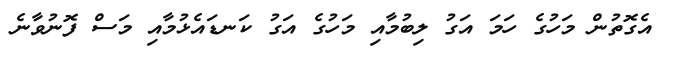
އެގޮތުން މަހުގެ ހަމަ އަގު ލިބުމާއި މަހުގެ އަގު ކަނޑައެޅުމާއި މަސް ފޮނުވާނެ